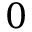
0